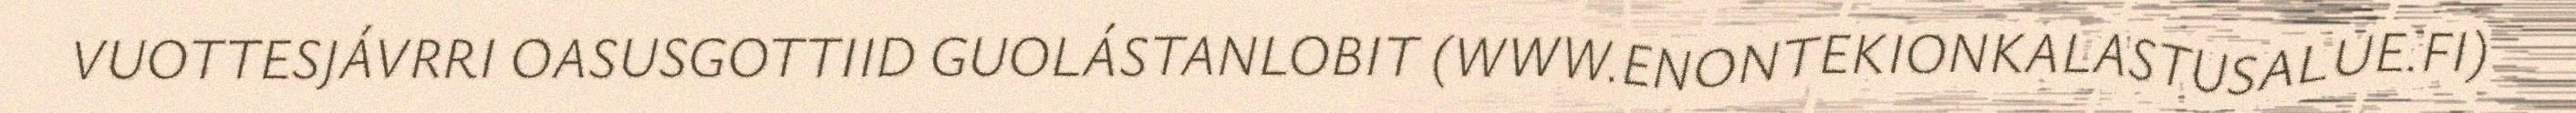
VUOTTESJÁVRRI OASUSGOTTIID GUOLÁSTANLOBIT (WWW.ENONTEKIONKALASTUSALUE.FI)